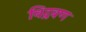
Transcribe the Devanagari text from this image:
विद्रवण